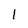
Character: 1